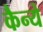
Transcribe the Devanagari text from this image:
कैन्ये